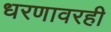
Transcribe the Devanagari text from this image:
धरणावरही